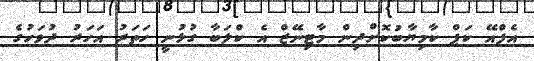
އެފްއޭ ކަޕް ކާމިޔާބުކޮށްދިން މާޓިނޭޒް އެ ކްލަބާ ގުޅުނީ ހަތަރު އަހަރު ދުވަހުގެ